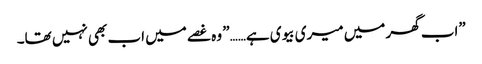
”اب گھر میں میری بیوی ہے……” وہ غصے میں اب بھی نہیں تھا۔